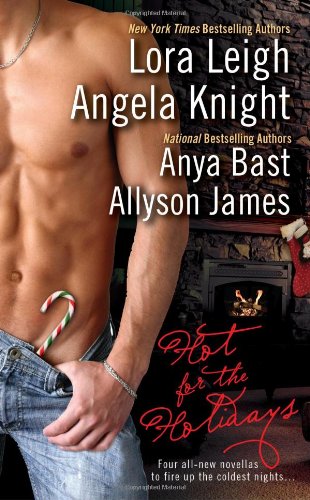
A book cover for Hot for the Holidays; Lora Leigh; Romance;